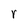
Character: r